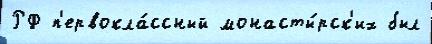
РФ п'ервокла́ссный монасты́рск'их был